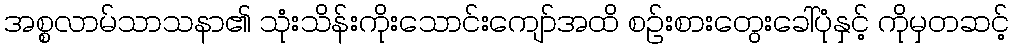
အစ္စလာမ်သာသနာ၏ သုံးသိန်းကိုးသောင်းကျော်အထိ စဉ်းစားတွေးခေါ်ပုံနှင့် ကိုမှတဆင့်